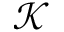
\mathcal { K }